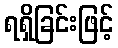
ရရှိခြင်းဖြင့်